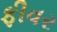
ફીવર